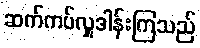
ဆက်ကပ်လှူဒါန်းကြသည်